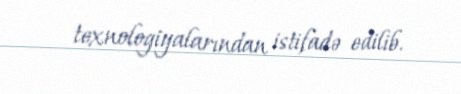
texnologiyalarından istifadə edilib.